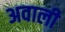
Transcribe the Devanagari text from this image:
अवाली